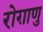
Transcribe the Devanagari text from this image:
रोग़ाणु